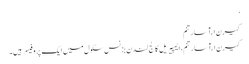
‘
کیرن ارآسارتنم
کیرن ارآسارتنم ، ایمپیریل کالج لندن بزنس سکول میں ایک پروفیسر ہیں۔